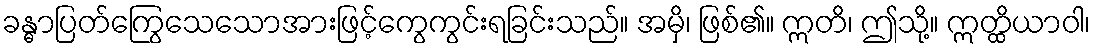
ခန္ဓာပြတ်ကြွေသေသောအားဖြင့်ကွေကွင်းရခြင်းသည်။ အမှိ၊ ဖြစ်၏။ ဣတိ၊ ဤသို့။ ဣတ္ထိယာဝါ၊